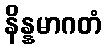
နိန္နမာဂတံ